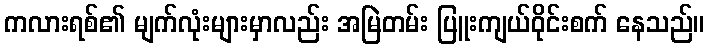
ကလားရစ်၏ မျက်လုံးများမှာလည်း အမြဲတမ်း ပြူးကျယ်ဝိုင်းစက် နေသည်။